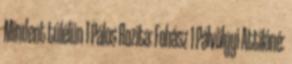
Mindent túlélün 1 Pálos Rozita: Fohász 1 Pálvölgyi Attiláné: